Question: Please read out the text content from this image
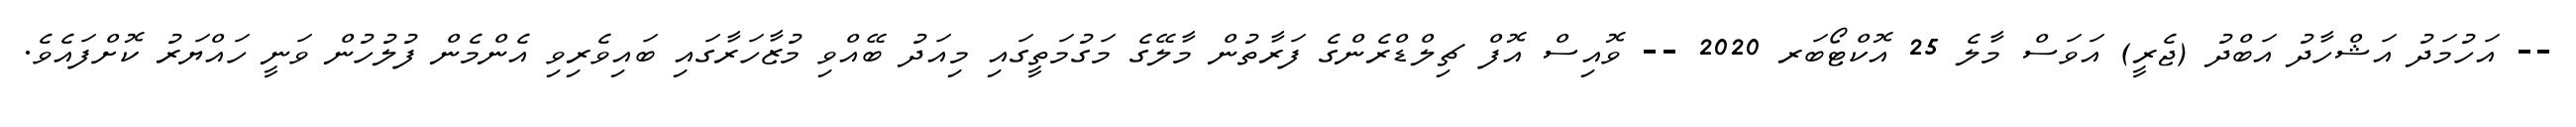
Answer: -- އަހުމަދު އަޝްހާދު އަބްދު (ޖެރީ) އަވަސް މާލެ 25 އޮކްޓޯބަރ 2020 -- ވޮއިސް އޮފް ޗިލްޑްރެންގެ ފަރާތުން މާލޭގެ މަގުމަތީގައި މިއަދު ބޭއްވި މުޒާހަރާގައި ބައިވެރިވި އެންމެން ފުލުހުން ވަނީ ހައްޔަރު ކޮށްފައެވެ.